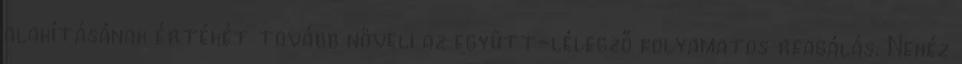
alakításának értékét tovább növeli az együtt-lélegző folyamatos reagálás. Nehéz